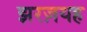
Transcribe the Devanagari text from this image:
झरज़यह